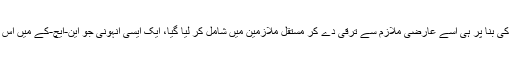
اس کی غیر معمولی کارکردگی کی بنا پر ہی اسے عارضی ملازم سے ترقی دے کر مستقل ملازمین میں شامل کر لیا گیا، ایک ایسی انہونی جو این-ایچ-کے میں اس سے پہلے کبھی نہیں ہوئی تھی۔